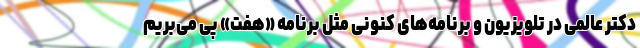
دکتر عالمی در تلویزیون و برنامه‌های کنونی مثل برنامه «هفت» پی می‌بریم